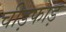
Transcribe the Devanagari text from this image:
चीड़फाड़